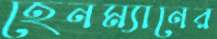
হেনম্যানের